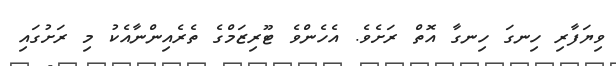
ވިޔަފާރި ހިނގަ ހިނގާ އޮތް ރަށެވެ. އެހެންވެ ޓޫރިޒަމްގެ ތެރެއިންނާއެކު މި ރަށުގައި